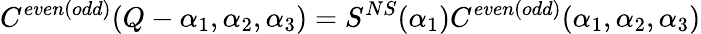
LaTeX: C^{even(odd)}(Q-\alpha_{1},\alpha_{2},\alpha_{3})=S^{NS}(\alpha_{1})C^{even(odd)}(\alpha_{1},\alpha_{2},\alpha_{3})